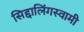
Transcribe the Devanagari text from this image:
सिद्दालिंगस्वामी